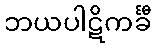
ဘယပါဋိကင်္ခီ